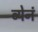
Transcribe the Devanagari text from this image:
ब्येनं